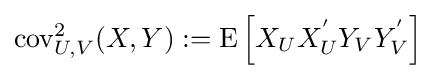
\operatorname {cov} _{U,V}^{2}(X,Y):=\operatorname {E} \left[X_{U}X_{U}^{\mathrm {'} }Y_{V}Y_{V}^{\mathrm {'} }\right]